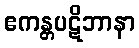
ဧကန္တပဋိဘာနာ